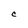
Character: C